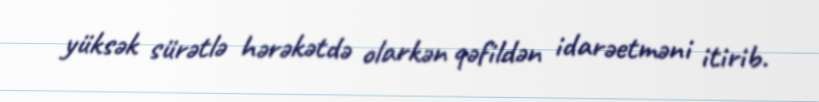
yüksək sürətlə hərəkətdə olarkən qəfildən idarəetməni itirib.